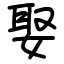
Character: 娶